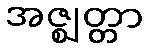
အဇ္ဈတ္တာ